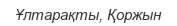
Ұлтарақты, Қоржын